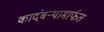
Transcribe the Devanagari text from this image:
कादंबऱ्यामार्फत